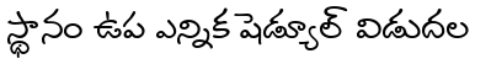
స్థానం ఉప ఎన్నిక షెడ్యూల్ విడుదల